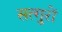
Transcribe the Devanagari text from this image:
सत्गुरों